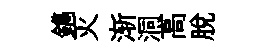
鐫灭渐洞高脫